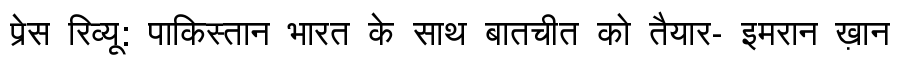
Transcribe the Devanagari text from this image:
प्रेस रिव्यू: पाकिस्तान भारत के साथ बातचीत को तैयार- इमरान ख़ान